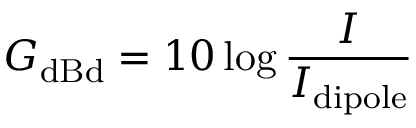
G _ { \mathrm { d B d } } = 1 0 \log { \frac { I } { I _ { \mathrm { d i p o l e } } } }